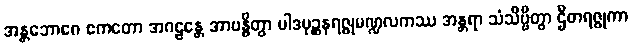
အန္တဘောဂေ ဧကတော အဂဠန္တေ အာဗန္ဓိတွာ ပါဒပုဉ္ဆနရဇ္ဇုမဏ္ဍလကဿ အန္တရာ သံသိဗ္ဗိတွာ ဌိတရဇ္ဇုကာ